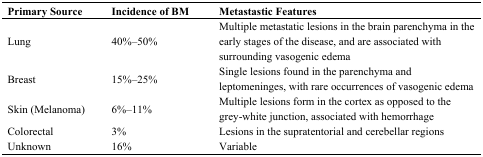
<table><thead><tr><td><b>Primary Source</b></td><td><b>Incidence of BM</b></td><td><b>Metastastic Features</b></td></tr></thead><tbody><tr><td>Lung</td><td>40%–50%</td><td>Multiple metastatic lesions in the brain parenchyma in the early stages of the disease, and are associated with surrounding vasogenic edema</td></tr><tr><td>Breast</td><td>15%–25%</td><td>Single lesions found in the parenchyma and leptomeninges, with rare occurrences of vasogenic edema</td></tr><tr><td>Skin (Melanoma)</td><td>6%–11%</td><td>Multiple lesions form in the cortex as opposed to the grey-white junction, associated with hemorrhage</td></tr><tr><td>Colorectal</td><td>3%</td><td>Lesions in the supratentorial and cerebellar regions</td></tr><tr><td>Unknown</td><td>16%</td><td>Variable</td></tr></tbody></table>